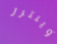
وينترز